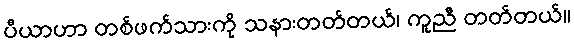
ပီယာဟာ တစ်ဖက်သားကို သနားတတ်တယ်၊ ကူညီ တတ်တယ်။